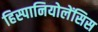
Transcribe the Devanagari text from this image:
हिस्पानियोलेंसिस